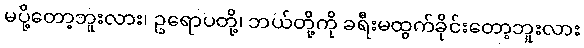
မပို့တော့ဘူးလား၊ ဥရောပတို့၊ ဘယ်တို့ကို ခရီးမထွက်ခိုင်းတော့ဘူးလား